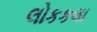
લોકકલા